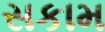
સકામ